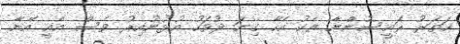
ހަތަރު ރައީސުންނާ އެކު އެހާ ގިނަ ދުވަހު އުޅުނުއިރު ވެސް އެއީ އޭނާ